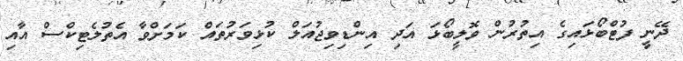
ދޭނީ ފުޓްބޯޅައިގެ އިތުރުން ވޮލީބޯޅަ އަދި އިންޑިވިޖުއަލް ކުޅިވަރުތައް ކަމަށްވާ އެތުލެޓިކްސް އާއި